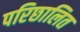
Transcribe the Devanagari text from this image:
परिछालित